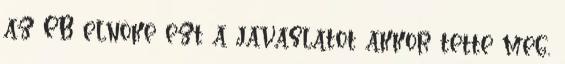
az EB elnöke ezt a javaslatot akkor tette meg,